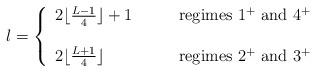
LaTeX: \begin{align*}l=\left\{\begin{array}{ll}2\lfloor \frac{L-1}{4} \rfloor +1 &\qquad \mbox{regimes $1^+$ and $4^+$} \\& \\2\lfloor \frac{L+1}{4} \rfloor& \qquad \mbox{regimes $2^+$ and $3^+$}\end{array} \right.\end{align*}